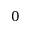
0